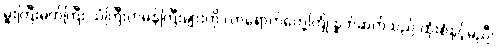
မှူးကြီးမတ်ကြီး သံကြီးတမန်ကြီးများကို လာရောက်တွေ့ကြုံ နှုတ်ဆက်သည် ထုံးစံနှင့်မညီ၊